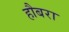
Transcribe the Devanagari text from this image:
हौबरा